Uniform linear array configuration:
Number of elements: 8
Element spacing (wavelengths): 1
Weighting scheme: kaiser
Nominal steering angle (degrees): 30
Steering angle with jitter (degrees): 31.474
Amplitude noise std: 0.05
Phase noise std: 0.05

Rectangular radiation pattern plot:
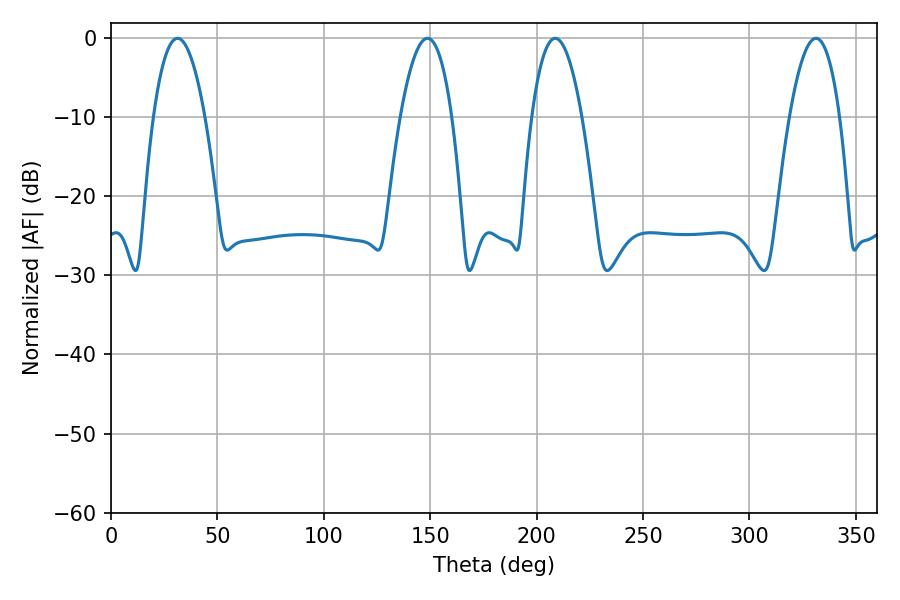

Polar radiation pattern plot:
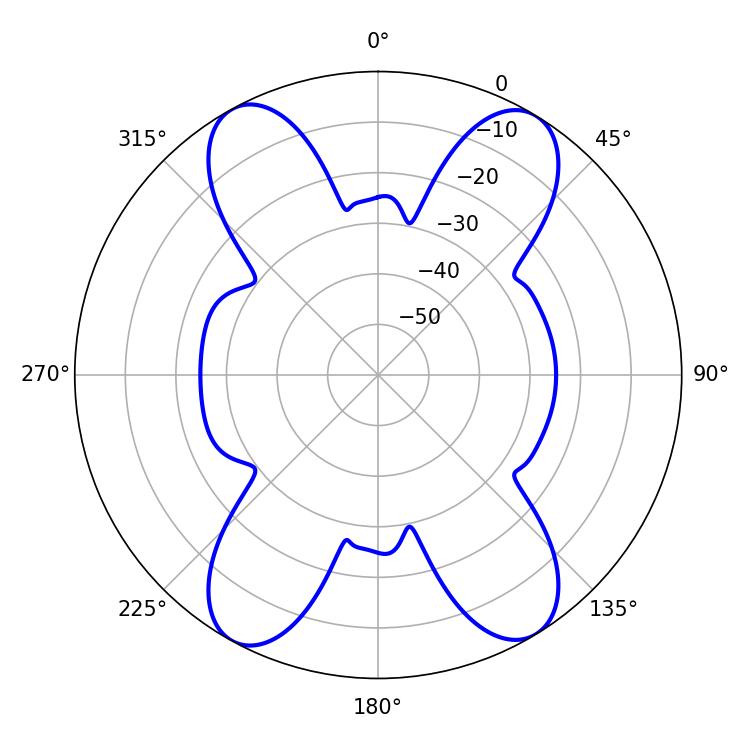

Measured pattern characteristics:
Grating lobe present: TRUE
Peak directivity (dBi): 19.012
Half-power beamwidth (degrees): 13.32
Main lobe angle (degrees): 148.68